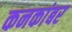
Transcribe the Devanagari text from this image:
कनकांबर